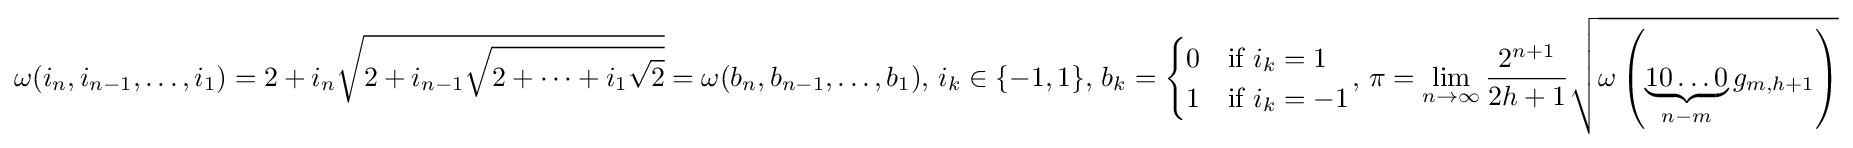
\omega (i_{n},i_{n-1},\dots ,i_{1})=2+i_{n}{\sqrt {2+i_{n-1}{\sqrt {2+\cdots +i_{1}{\sqrt {2}}}}}}=\omega (b_{n},b_{n-1},\dots ,b_{1}),\,i_{k}\in \{-1,1\},\,b_{k}={\begin{cases}0&{\text{if }}i_{k}=1\\1&{\text{if }}i_{k}=-1\end{cases}},\,\pi ={\displaystyle \lim _{n\rightarrow \infty }{\frac {2^{n+1}}{2h+1}}{\sqrt {\omega \left(\underbrace {10\ldots 0} _{n-m}g_{m,h+1}\right)}}}